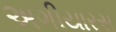
અગીયારસ